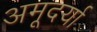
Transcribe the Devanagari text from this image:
अमूदर्या